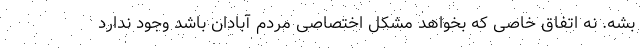
بشه. نه اتفاق خاصی که بخواهد مشکل اختصاصی مردم آبادان باشد وجود ندارد